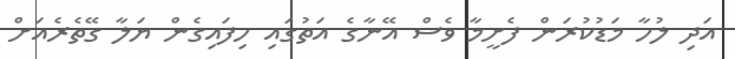
އަދި ލުހާ މަޑުކުރަން ފެށީމާ ވެސް އޭނާގެ އަތުގައި ހިފައިގެން ޔަލާ ގޭތެރެއަށް